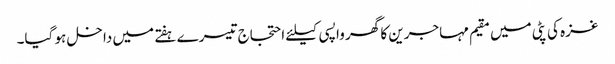
غزہ کی پٹی میں مقیم مہاجرین کا گھر واپسی کیلئے احتجاج تیسرے ہفتے میں داخل ہو گیا۔